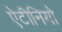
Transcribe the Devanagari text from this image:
ऐटीनियो